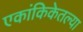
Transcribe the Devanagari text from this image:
एकांकिकेतल्या